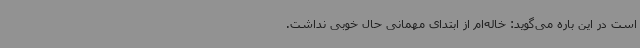
است در این باره می‌گوید: خاله‌ام از ابتدای مهمانی حال خوبی نداشت.